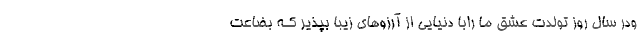
ودر سال روز تولدت عشق ما رابا دنیایی از آرزو‌هاي‌ زیبا بپذیر کـه بضاعت